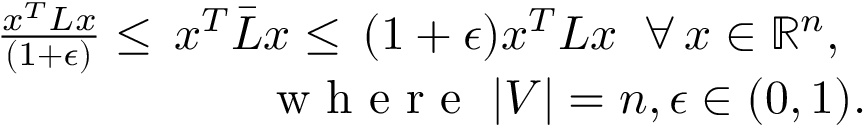
\begin{array} { r } { \frac { x ^ { T } L x } { ( 1 + \epsilon ) } \leq \, x ^ { T } \bar { L } x \leq \, ( 1 + \epsilon ) x ^ { T } L x \; \; \forall \, x \in \mathbb { R } ^ { n } , \; \; } \\ { \textrm { w h e r e } \; \vert V \vert = n , \epsilon \in ( 0 , 1 ) . } \end{array}